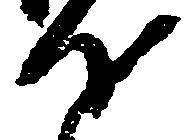
汰